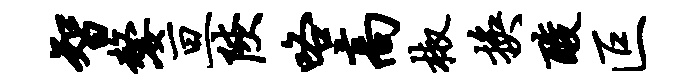
智嫠亘陕咯高椒换酸叵